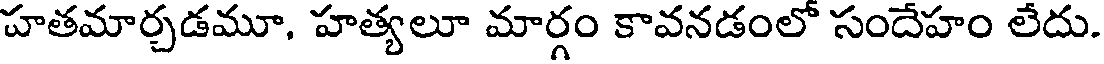
హతమార్చడమూ, హత్యలూ మార్గం కావనడంలో సందేహం లేదు.